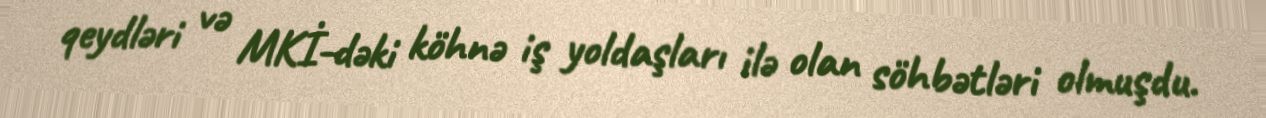
qeydləri və MKİ-dəki köhnə iş yoldaşları ilə olan söhbətləri olmuşdu.